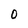
Character: O